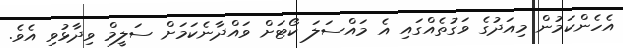
އެހެންކަމުން މިއަދުގެ ވަގުތެއްގައި އެ މައްސަލަ ކޯޓަށް ވައްދާނެކަމަށް ސަލީމް ވިދާޅުވި އެވެ.